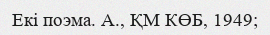
Екі поэма. А., ҚМ КӨБ, 1949;